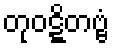
တုဝဋ္ဋိတဗ္ဗံ